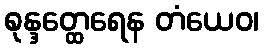
စုန္ဒတ္ထေရေန တံယေဝ၊